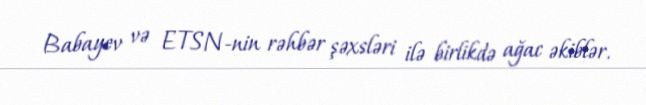
Babayev və ETSN-nin rəhbər şəxsləri ilə birlikdə ağac əkiblər.